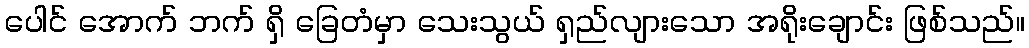
ပေါင် အောက် ဘက် ရှိ ခြေတံမှာ သေးသွယ် ရှည်လျားသော အရိုးချောင်း ဖြစ်သည်။